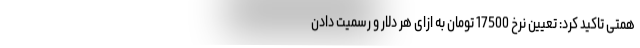
همتی تاکید کرد: تعیین نرخ 17500 تومان به ازای هر دلار و رسمیت دادن